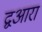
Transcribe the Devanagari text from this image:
द्वआरा